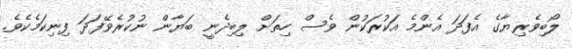
ލޯބިވެރިޔާގެ އެފަދަ އެންމެ އަކުރަކުން ވެސް ހިތަށް ލިބިދެނީ ބަޔާން ނުކުރެވޭފަދަ ފިނިކަމެކެވެ.